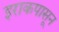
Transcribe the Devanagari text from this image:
इराकपासून